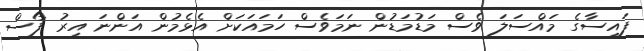
ފައިސާގެ މައްސަލަ ވެސް މަޑުމަޑުން ނަމަވެސް ހަމައަކަށް އެޅެމުން އަންނަ އިރު 'ފޯސް